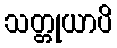
သတ္တုယာပိ